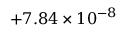
\phantom { 0 0 } { + 7 . 8 4 } \times 1 0 ^ { - 8 }